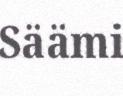
Säämi